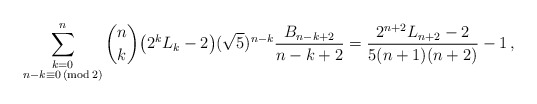
\begin{align*}\sum_{\substack{k=0 \\ n - k \equiv 0 \,(\mathrm {mod} \,2)}}^n \binom{n}{k} \big ( 2^k L_{k} - 2 \big ) (\sqrt{5})^{n-k} \frac{B_{n-k+2}}{n-k+2} = \frac{2^{n+2}L_{n+2}-2}{{5}(n+1)(n+2)} - 1\,,\end{align*}